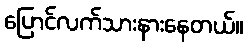
ပြောင်လက်သားနားနေတယ်။